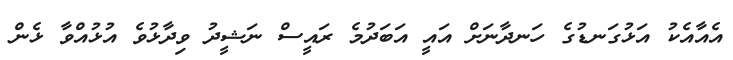
އެއާއެކު އަޅުގަނޑުގެ ހަނދާނަށް އައީ އަބަދުމެ ރައީސް ނަޝީދު ވިދާޅުވެ އުޅުއްވާ ޅެން